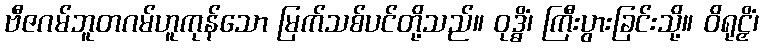
ဗီဇဂမ်ဘူတဂမ်ဟူကုန်သော မြက်သစ်ပင်တို့သည်။ ဝုဒ္ဓိံ၊ ကြီးပွားခြင်းသို့။ ဝိရုဠှိံ၊